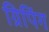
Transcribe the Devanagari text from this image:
ग्रिपिंग